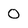
Character: 0